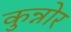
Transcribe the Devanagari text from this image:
कुन्नोर